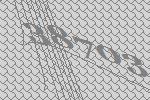
38703